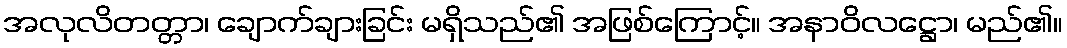
အလုလိတတ္တာ၊ ချောက်ချားခြင်း မရှိသည်၏ အဖြစ်ကြောင့်။ အနာဝိလဋ္ဌော၊ မည်၏။